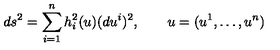
d s ^ { 2 } = \sum _ { i = 1 } ^ { n } h _ { i } ^ { 2 } ( u ) ( d u ^ { i } ) ^ { 2 } , \qquad u = ( u ^ { 1 } , \dots , u ^ { n } )